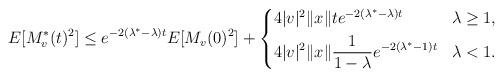
LaTeX: \begin{align*}E[M^*_v(t)^2]\le e^{-2(\lambda^*-\lambda)t}E[M_v(0)^2]+\left\{\begin{aligned}&4|v|^2\|x\|te^{-2(\lambda^*-\lambda)t} &&\lambda\ge1,\\&4|v|^2\|x\|\frac{1}{1-\lambda}e^{-2(\lambda^*-1)t} &&\lambda<1.\end{aligned}\right.\end{align*}